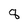
Character: 8